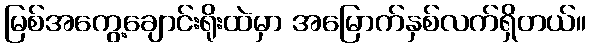
မြစ်အကွေ့ချောင်းရိုးထဲမှာ အမြောက်နှစ်လက်ရှိတယ်။